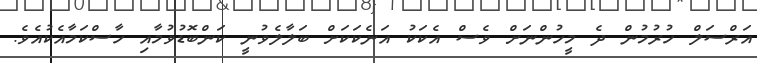
އަރްސަލް ހުރުމުން ދެ މީހުންނަށް ވެސް އެކަކު އަނެކަކަށް ބަލާލެވުނީ ކަންބޮޑުވުމާއި ހާސްކަމާއެކުއެވެ.